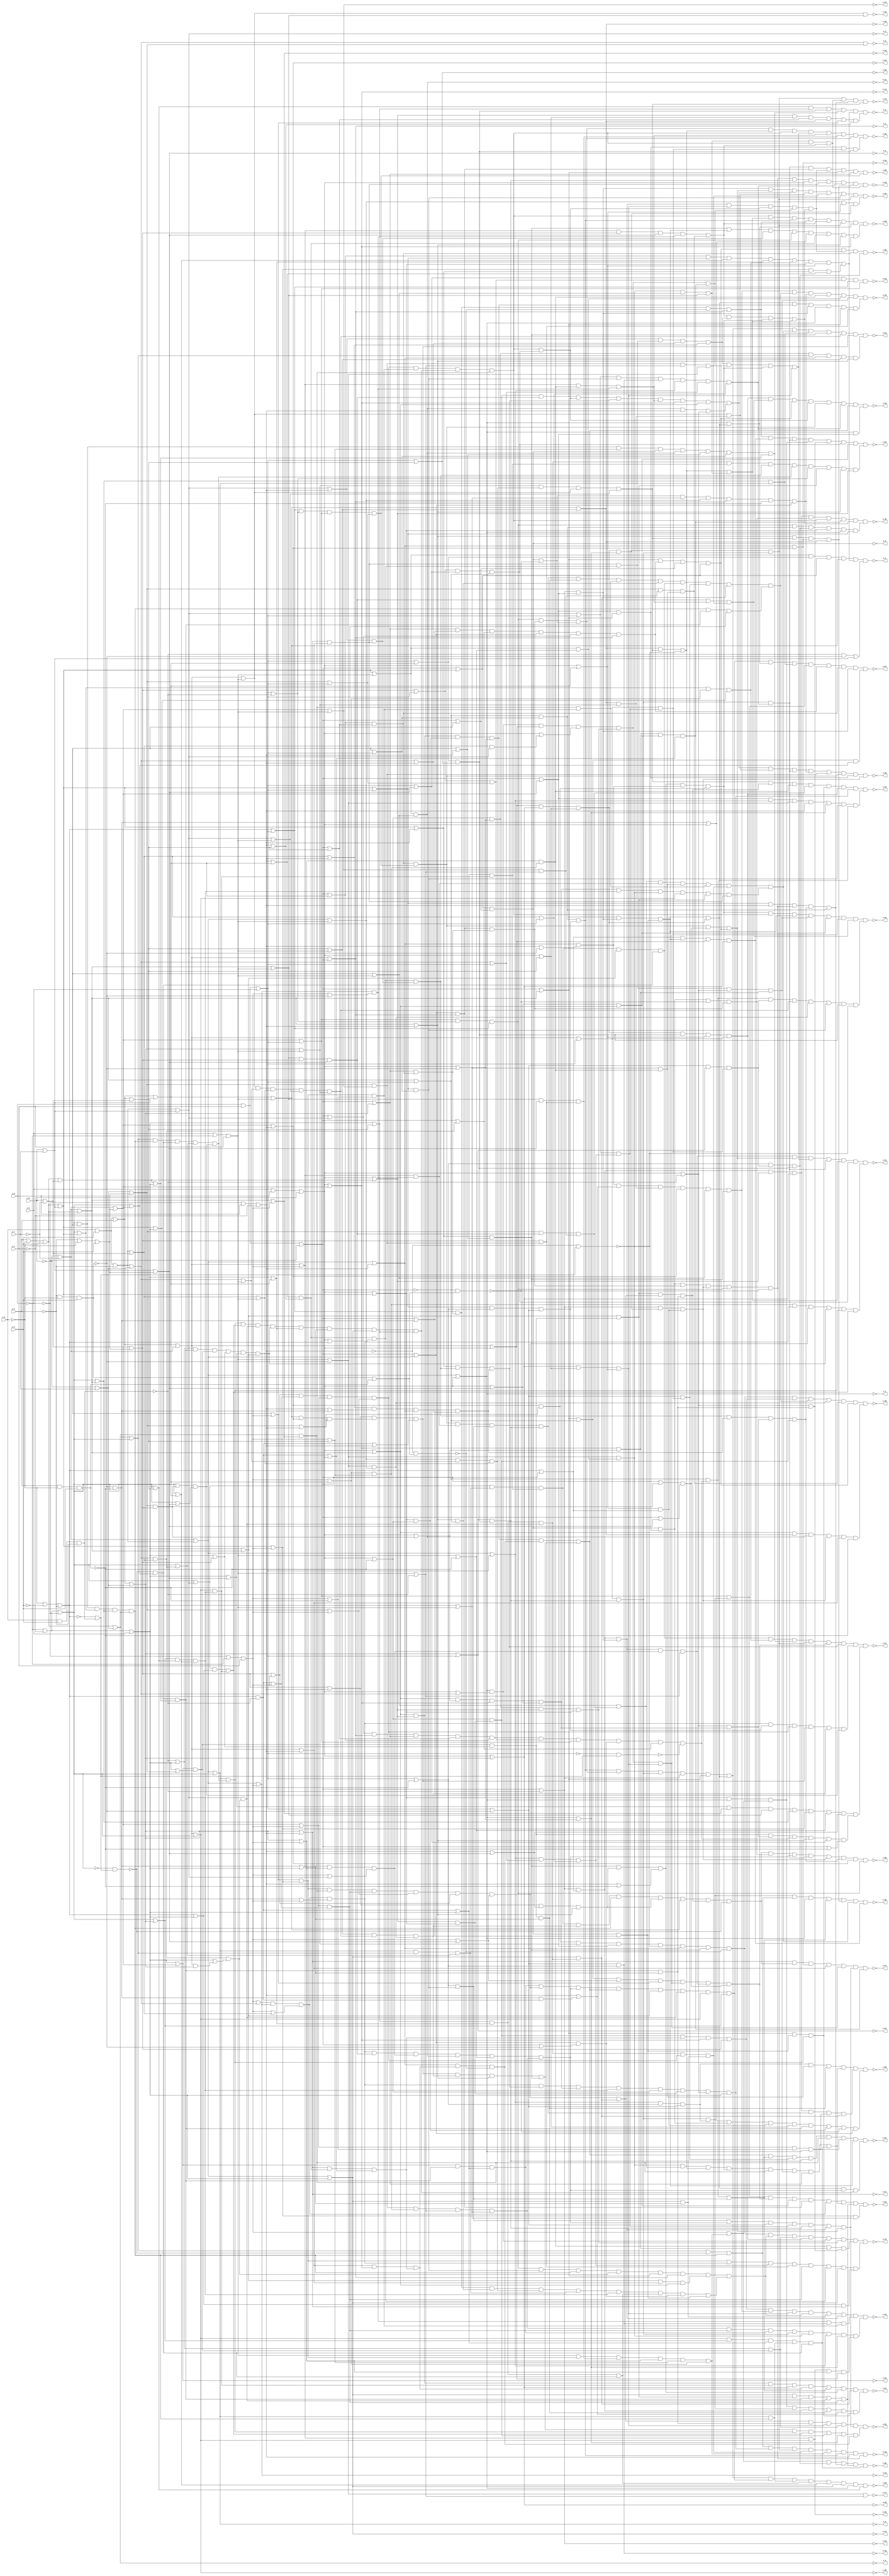
// Benchmark "TOP" written by ABC on Mon Feb  4 17:31:57 2019

module ex5p ( 
    i_0_, i_1_, i_2_, i_3_, i_4_, i_5_, i_6_, i_7_,
    o_0_, o_1_, o_2_, o_3_, o_4_, o_5_, o_6_, o_7_, o_8_, o_9_, o_10_,
    o_11_, o_12_, o_13_, o_14_, o_15_, o_16_, o_17_, o_18_, o_19_, o_20_,
    o_21_, o_22_, o_23_, o_24_, o_25_, o_26_, o_27_, o_28_, o_29_, o_30_,
    o_31_, o_32_, o_33_, o_34_, o_35_, o_36_, o_37_, o_38_, o_39_, o_40_,
    o_41_, o_42_, o_43_, o_44_, o_45_, o_46_, o_47_, o_48_, o_49_, o_50_,
    o_51_, o_52_, o_53_, o_54_, o_55_, o_56_, o_57_, o_58_, o_59_, o_60_,
    o_61_, o_62_  );
  input  i_0_, i_1_, i_2_, i_3_, i_4_, i_5_, i_6_, i_7_;
  output o_0_, o_1_, o_2_, o_3_, o_4_, o_5_, o_6_, o_7_, o_8_, o_9_, o_10_,
    o_11_, o_12_, o_13_, o_14_, o_15_, o_16_, o_17_, o_18_, o_19_, o_20_,
    o_21_, o_22_, o_23_, o_24_, o_25_, o_26_, o_27_, o_28_, o_29_, o_30_,
    o_31_, o_32_, o_33_, o_34_, o_35_, o_36_, o_37_, o_38_, o_39_, o_40_,
    o_41_, o_42_, o_43_, o_44_, o_45_, o_46_, o_47_, o_48_, o_49_, o_50_,
    o_51_, o_52_, o_53_, o_54_, o_55_, o_56_, o_57_, o_58_, o_59_, o_60_,
    o_61_, o_62_;
  wire n134, n135, n136, n137, n138, n139, n140, n141, n142, n143, n144,
    n145, n146, n147, n148, n149, n150, n151, n152, n153, n154, n155, n156,
    n157, n158, n159, n160, n161, n162, n163, n164, n165, n166, n167, n168,
    n169, n170, n171, n172, n173, n174, n175, n176, n177, n178, n179, n180,
    n181, n182, n183, n184, n185, n186, n187, n188, n189, n190, n191, n192,
    n193, n194, n195, n196, n197, n198, n199, n200, n201, n202, n203, n204,
    n205, n206, n207, n208, n209, n210, n211, n212, n213, n214, n215, n216,
    n217, n218, n219, n220, n221, n222, n223, n224, n225, n226, n227, n228,
    n229, n230, n231, n232, n233, n234, n235, n236, n237, n238, n239, n240,
    n241, n242, n243, n244, n245, n246, n247, n248, n249, n250, n251, n252,
    n253, n254, n255, n256, n257, n258, n259, n260, n261, n262, n263, n264,
    n265, n266, n267, n268, n269, n270, n271, n272, n273, n274, n275, n276,
    n277, n278, n279, n280, n281, n282, n283, n284, n285, n286, n287, n288,
    n289, n290, n291, n292, n293, n294, n295, n296, n297, n298, n299, n300,
    n301, n302, n303, n304, n305, n306, n307, n308, n309, n310, n311, n312,
    n313, n314, n315, n316, n317, n318, n319, n320, n321, n322, n323, n324,
    n325, n326, n327, n328, n329, n330, n331, n332, n333, n334, n335, n336,
    n337, n338, n339, n340, n341, n342, n343, n344, n345, n346, n347, n348,
    n349, n350, n351, n352, n353, n354, n355, n356, n357, n358, n359, n360,
    n361, n362, n363, n364, n365, n366, n367, n368, n369, n370, n371, n372,
    n373, n374, n375, n376, n377, n378, n379, n380, n381, n382, n383, n384,
    n385, n386, n387, n388, n389, n390, n391, n392, n393, n394, n395, n396,
    n397, n398, n399, n400, n401, n402, n403, n404, n405, n406, n407, n408,
    n409, n410, n411, n412, n413, n414, n415, n416, n417, n418, n419, n420,
    n421, n422, n423, n424, n425, n426, n427, n428, n429, n430, n431, n432,
    n433, n434, n435, n436, n437, n438, n439, n440, n441, n442, n443, n444,
    n445, n446, n447, n448, n449, n450, n451, n452, n453, n454, n455, n456,
    n457, n458, n459, n460, n461, n462, n463, n464, n465, n466, n467, n468,
    n469, n470, n471, n472, n473, n474, n475, n476, n477, n478, n479, n480,
    n481, n482, n483, n484, n485, n486, n487, n488, n489, n490, n491, n492,
    n493, n494, n495, n496, n497, n498, n499, n500, n501, n502, n503, n504,
    n505, n506, n507, n508, n509, n510, n511, n512, n513, n514, n515, n516,
    n517, n518, n519, n520, n521, n522, n523, n524, n525, n526, n527, n528,
    n529, n530, n531, n532, n533, n534, n535, n536, n537, n538, n539, n540,
    n541, n542, n543, n544, n545, n546, n547, n548, n549, n550, n551, n552,
    n553, n554, n555, n556, n557, n558, n559, n560, n561, n562, n563, n564,
    n565, n566, n567, n568, n569, n570, n571, n572, n573, n574, n575, n576,
    n577, n578, n579, n580, n581, n582, n583, n584, n585, n586, n587, n588,
    n589, n590, n591, n592, n593, n594, n595, n596, n597;
  assign o_0_ = ~n365;
  assign o_1_ = ~n361;
  assign o_2_ = ~n403;
  assign o_3_ = ~n370;
  assign o_4_ = ~n450;
  assign o_5_ = ~n357;
  assign o_6_ = ~n136;
  assign o_7_ = ~n180;
  assign o_8_ = ~n452;
  assign o_9_ = ~n491;
  assign o_10_ = ~n139;
  assign o_11_ = ~n179;
  assign o_12_ = ~n385;
  assign o_13_ = ~n471;
  assign o_14_ = ~n507;
  assign o_15_ = ~n138;
  assign o_16_ = ~n407;
  assign o_17_ = ~n354;
  assign o_18_ = ~n421;
  assign o_19_ = ~n420;
  assign o_20_ = ~n142;
  assign o_21_ = ~n145;
  assign o_22_ = ~n148;
  assign o_23_ = ~n352;
  assign o_24_ = ~n504;
  assign o_25_ = ~n200;
  assign o_26_ = ~n151;
  assign o_27_ = ~n260;
  assign o_28_ = ~n556;
  assign o_29_ = ~n506;
  assign o_30_ = ~n150;
  assign o_31_ = ~n347;
  assign o_32_ = ~n344;
  assign o_33_ = ~n340;
  assign o_34_ = ~n336;
  assign o_35_ = ~n332;
  assign o_36_ = ~n328;
  assign o_37_ = ~n321;
  assign o_38_ = ~n314;
  assign o_39_ = ~n308;
  assign o_40_ = ~n303;
  assign o_41_ = ~n296;
  assign o_42_ = ~n291;
  assign o_43_ = ~n284;
  assign o_44_ = ~n276;
  assign o_45_ = ~n274;
  assign o_46_ = ~n268;
  assign o_47_ = ~n264;
  assign o_48_ = ~n259;
  assign o_49_ = ~n257;
  assign o_50_ = ~n252;
  assign o_51_ = ~n245;
  assign o_52_ = ~n238;
  assign o_53_ = ~n232;
  assign o_54_ = ~n226;
  assign o_55_ = ~n220;
  assign o_56_ = ~n214;
  assign o_57_ = ~n205;
  assign o_58_ = ~n197;
  assign o_59_ = ~n189;
  assign o_60_ = ~n182;
  assign o_61_ = ~n173;
  assign o_62_ = ~n164;
  assign n134 = n155 | n439;
  assign n135 = n155 | n441;
  assign n136 = n134 & n135;
  assign n137 = n436 | n339;
  assign n138 = n445 | n339;
  assign n139 = n137 & n138;
  assign n140 = n462 | n152;
  assign n141 = n463 | n152;
  assign n142 = n140 & n141;
  assign n143 = n439 | n152;
  assign n144 = n441 | n152;
  assign n145 = n143 & n144;
  assign n146 = n434 | n152;
  assign n147 = n446 | n152;
  assign n148 = n146 & n147;
  assign n149 = n434 | n373;
  assign n150 = n434 | n369;
  assign n151 = n149 & n150;
  assign n152 = i_2_ | ~i_0_ | i_1_;
  assign n153 = n152 | ~n381;
  assign n154 = ~i_3_ | ~i_4_ | ~i_5_;
  assign n155 = i_0_ | i_1_ | ~i_2_;
  assign n156 = n154 | n155;
  assign n157 = i_0_ | i_1_ | i_2_;
  assign n158 = n157 | ~n366;
  assign n159 = n373 & n338;
  assign n160 = n514 & n505 & n363;
  assign n161 = n515 & n339 & n269 & n195 & n496;
  assign n162 = n179 & n458 & n408 & n461 & n374;
  assign n163 = n150 & n516 & n517 & n176 & n454;
  assign n164 = n159 & n160 & n161 & n162 & n163;
  assign n165 = n398 & n533 & n535;
  assign n166 = n523 & n524;
  assign n167 = n412 & n503;
  assign n168 = n504 & n363;
  assign n169 = n450 & n556;
  assign n170 = n372 & n555 & n180;
  assign n171 = n254 & n243 & n400;
  assign n172 = n518 & n192 & n554;
  assign n173 = n165 & n166 & n167 & n168 & n169 & n170 & n171 & n172;
  assign n174 = n208 & n309 & n563 & n421 & n254 & n518;
  assign n175 = n410 & n560 & n192 & n165 & n457 & n461 & n150 & n516;
  assign n176 = n452 & n451;
  assign n177 = n362 & n552 & n454;
  assign n178 = n369 | n462;
  assign n179 = n436 | n409;
  assign n180 = n436 | n270;
  assign n181 = n369 | n463;
  assign n182 = n174 & n175 & n176 & n177 & n178 & n179 & n180 & n181;
  assign n183 = n411 & (n157 | ~n382) & n412;
  assign n184 = n548 & n298;
  assign n185 = n418 & (n239 | n409);
  assign n186 = n569 & n570 & n310 & n345 & n169 & n334 & n255 & n163;
  assign n187 = n265 & n573 & n170 & n203;
  assign n188 = n594 & n493 & n487 & n483 & n408 & n397 & ~n383 & n387;
  assign n189 = n183 & n184 & n185 & n186 & n187 & n188;
  assign n190 = n576 & n575 & n532 & n451 & n414 & n140 & n297 & ~n367;
  assign n191 = n493 & ~n383 & n492;
  assign n192 = n405 & n550 & n404 & n145 & n551 & n549;
  assign n193 = n563 & n272;
  assign n194 = n421 & n485 & n487;
  assign n195 = n478 & n481 & n475 & n477;
  assign n196 = n351 & n158 & (n154 | n157);
  assign n197 = n190 & n191 & n192 & n193 & n194 & n195 & n138 & n196;
  assign n198 = n470 & n468;
  assign n199 = n150 & n536;
  assign n200 = n270 | n443;
  assign n201 = n261 & n471 & n394;
  assign n202 = n228 & n414 & (n339 | ~n382);
  assign n203 = n179 & n572;
  assign n204 = n221 & n215 & n422 & n185 & n423 & n300;
  assign n205 = n198 & n199 & n200 & n201 & n166 & n202 & n203 & n204;
  assign n206 = n578 & n579 & n554 & n169;
  assign n207 = n310 & n577;
  assign n208 = n496 & n562;
  assign n209 = n580 & ~n395 & n491;
  assign n210 = n149 & n378 & n370 & n419 & n306;
  assign n211 = n501 & n563;
  assign n212 = n180 & n518;
  assign n213 = n228 & n171 & n467 & n196 & n594 & n376 & n534 & n471;
  assign n214 = n206 & n207 & n208 & n209 & n210 & n211 & n212 & n213;
  assign n215 = n563 & n183;
  assign n216 = n537 & ~n367 & n451;
  assign n217 = n534 & n275 & n139 & n142;
  assign n218 = n570 & n571 & n184 & n581 & n337 & n582;
  assign n219 = n156 & n171 & n427 & n200;
  assign n220 = n215 & n216 & n180 & n166 & n217 & n218 & n219;
  assign n221 = n396 & n180 & n159;
  assign n222 = n474 & n247;
  assign n223 = n519 & n348 & n494;
  assign n224 = n472 & n470;
  assign n225 = n572 & n575 & n478 & n538 & n158 & n458 & n534 & n468;
  assign n226 = n209 & n219 & n193 & n221 & n222 & n223 & n224 & n225;
  assign n227 = n449 & n452;
  assign n228 = n525 & n526;
  assign n229 = n146 & n527 & n528 & n529 & n530;
  assign n230 = n391 & n392 & (n393 | n339);
  assign n231 = n476 & n583 & n537 & n137 & n141 & n534;
  assign n232 = n174 & n218 & n227 & n228 & n229 & n230 & n231;
  assign n233 = n351 & n215;
  assign n234 = n254 & n494 & n559 & n509 & n262 & n292 & n426;
  assign n235 = n387 & n491;
  assign n236 = n384 & n385 & (n373 | n386);
  assign n237 = n510 & n548;
  assign n238 = n233 & n234 & n224 & n235 & n236 & n186 & n162 & n237;
  assign n239 = ~n381 & ~n382;
  assign n240 = n155 | n239;
  assign n241 = n255 & n240 & n389 & n387 & n584 & n491;
  assign n242 = n488 & n489;
  assign n243 = n421 & n482;
  assign n244 = n254 & n494 & n453;
  assign n245 = n175 & n212 & n227 & n233 & n241 & n242 & n243 & n244;
  assign n246 = n560 & n203;
  assign n247 = n408 & ((~n381 & ~n382) | n409);
  assign n248 = n200 & n483 & n486;
  assign n249 = n540 & n539;
  assign n250 = n524 & n192 & n412 & n501 & n168 & n288 & n293;
  assign n251 = n535 & n543 & n546 & n477 & n380 & n533;
  assign n252 = n246 & n247 & n248 & n249 & n250 & n251;
  assign n253 = n288 & n248 & n342 & n586 & n266;
  assign n254 = n155 | n446;
  assign n255 = n155 | n443;
  assign n256 = n350 & n158 & n351 & n520;
  assign n257 = n193 & n235 & n253 & n254 & n255 & n256;
  assign n258 = n254 & n241 & n135 & n134;
  assign n259 = n258 & n253 & n242 & n160;
  assign n260 = n443 | n339;
  assign n261 = n434 | n339;
  assign n262 = n429 & n281 & n248;
  assign n263 = n417 & n224 & (n393 | n270);
  assign n264 = n260 & n190 & n139 & n261 & n262 & n250 & n263;
  assign n265 = n421 & n156 & n468 & n200;
  assign n266 = n210 & n585 & n345 & n207;
  assign n267 = n196 & n496 & n160 & n396 & n180 & n515;
  assign n268 = n265 & n191 & n206 & n263 & n266 & n267;
  assign n269 = n493 & n492 & n194 & n196 & ~n383;
  assign n270 = i_2_ | i_0_ | ~i_1_;
  assign n271 = n260 & n261;
  assign n272 = n500 & n330 & n420 & n411 & n497 & n498;
  assign n273 = n577 & n206 & n210;
  assign n274 = n269 & n168 & n270 & n271 & n272 & n217 & n273;
  assign n275 = n530 & n568 & n146 & n529;
  assign n276 = n211 & n273 & n161 & n275;
  assign n277 = n567 & n530 & n482 & ~n415 & n137 & n228 & ~n395;
  assign n278 = n196 & n330 & n451 & n431 & n254 & n491 & n588 & n589;
  assign n279 = n484 & n363 & n486 & n502;
  assign n280 = n180 & (n270 | n355);
  assign n281 = n476 & n583 & n468 & n396;
  assign n282 = n298 & n417 & n222;
  assign n283 = n511 & n405 & n499 & n508 & n374 & n377 & n179 & n595;
  assign n284 = n277 & n278 & n249 & n279 & n280 & n281 & n282 & n283;
  assign n285 = n477 & n394 & n471 & n378;
  assign n286 = n413 & n423 & n590 & n138 & n144 & n228;
  assign n287 = n179 & n553;
  assign n288 = n422 & n243;
  assign n289 = n419 & n420 & n579;
  assign n290 = n549 & n406 & n410 & n563 & n569 & n411 & n380 & n596;
  assign n291 = n285 & n286 & n248 & n278 & n287 & n288 & n289 & n290;
  assign n292 = n288 & n404 & (n152 | ~n366);
  assign n293 = n326 & n426 & n258;
  assign n294 = n585 & n586 & n345 & n248;
  assign n295 = n547 & n405 & n560 & n542 & n543 & n546;
  assign n296 = n292 & n293 & n294 & n193 & n207 & n223 & n295;
  assign n297 = n458 & n246 & n247;
  assign n298 = n402 & n547;
  assign n299 = n356 & n550 & n564;
  assign n300 = n254 & n400 & n543;
  assign n301 = n405 & n318 & n473 & n536 & n476 & n469 & n474 & n409;
  assign n302 = n482 & n411 & n153 & n339 & n380 & n330 & n523;
  assign n303 = n275 & n297 & n298 & n299 & n300 & n279 & n301 & n302;
  assign n304 = n573 & n185 & n581 & n587 & n315 & n167 & n203 & n591;
  assign n305 = n153 & n531;
  assign n306 = n356 & n564 & n184;
  assign n307 = n470 & n142 & n145 & n194 & n261 & ~n382;
  assign n308 = n277 & n285 & n304 & n305 & n306 & n258 & n307;
  assign n309 = n196 & n492 & n561;
  assign n310 = n142 & n275 & ~n415;
  assign n311 = n149 & n298 & n419;
  assign n312 = n147 & n370 & n508;
  assign n313 = n327 & n503 & n363;
  assign n314 = n309 & n310 & n206 & n294 & n311 & n312 & n208 & n313;
  assign n315 = n575 & n576 & n457 & n454;
  assign n316 = n448 & n513 & n459;
  assign n317 = n447 & n512 & n136 & n145 & n526 & n495 & n460;
  assign n318 = n525 & n478 & n481;
  assign n319 = n405 & n562 & n578 & n230 & n532 & n371;
  assign n320 = n541 & n556 & n147 & n449 & n510 & n551 & n565 & n597;
  assign n321 = n315 & n316 & n317 & n211 & n234 & n318 & n319 & n320;
  assign n322 = n477 & n550 & n342 & n318 & n311 & n471 & n470 & n592;
  assign n323 = n146 & n590;
  assign n324 = n561 & n548 & n531 & n491 & ~n382 & n387;
  assign n325 = n356 & n507;
  assign n326 = n242 & n256;
  assign n327 = n482 & n254;
  assign n328 = n322 & n323 & n193 & n324 & n325 & n326 & n327 & n194;
  assign n329 = n325 & n353 & (n152 | ~n381);
  assign n330 = n515 & n495;
  assign n331 = n531 & n486 & n485;
  assign n332 = n243 & n293 & n322 & n323 & n329 & n330 & n211 & n331;
  assign n333 = n143 & (n152 | ~n382);
  assign n334 = n416 & (n270 | ~n366) & n417;
  assign n335 = n518 & n398 & n243 & n180 & n254 & n508;
  assign n336 = n286 & n304 & n324 & n298 & n333 & n334 & n335;
  assign n337 = n572 & n578 & n287;
  assign n338 = n152 & n511 & n312 & n402 & n512 & n513;
  assign n339 = ~i_2_ | i_0_ | ~i_1_;
  assign n340 = n216 & n301 & n211 & n337 & n338 & n208 & n339 & n269;
  assign n341 = n550 & n311 & n329;
  assign n342 = n206 & n223;
  assign n343 = n180 & n482;
  assign n344 = n279 & n341 & n258 & n342 & n326 & n272 & n165 & n343;
  assign n345 = n202 & n413 & n567;
  assign n346 = n523 & n505 & n229 & n305 & n330 & n363 & ~n415;
  assign n347 = n345 & n206 & n171 & n334 & n224 & n262 & n341 & n346;
  assign n348 = n157 | n370;
  assign n349 = n519 & n520;
  assign n350 = n154 | n157;
  assign n351 = n445 | n157;
  assign n352 = n348 & n349 & n350 & n351;
  assign n353 = n152 | ~n366;
  assign n354 = n153 & n353;
  assign n355 = n435 | n442;
  assign n356 = n442 | n444;
  assign n357 = n355 & n356;
  assign n358 = n157 | n462;
  assign n359 = n488 & n515 & n178 & n552 & n316 & n396 & n486 & n593;
  assign n360 = (~n366 & ~n381) | n438;
  assign n361 = n143 & n358 & n134 & n140 & n359 & n360;
  assign n362 = n409 | n463;
  assign n363 = n358 & n506;
  assign n364 = n468 & n483 & n489 & n142 & n509 & n465;
  assign n365 = n181 & n362 & n363 & n317 & n359 & n364;
  assign n366 = i_3_ & i_4_ & ~i_5_;
  assign n367 = ~n369 & (~n154 | n366);
  assign n368 = n369 | (n356 & n378);
  assign n369 = ~i_0_ | ~i_1_ | ~i_2_;
  assign n370 = n438 | n444;
  assign n371 = n368 & (n369 | n370);
  assign n372 = n445 | n373;
  assign n373 = ~i_2_ | ~i_0_ | i_1_;
  assign n374 = n372 & ((n154 & ~n366) | n373);
  assign n375 = n339 | n239;
  assign n376 = n464 & n465;
  assign n377 = n376 & (n270 | n154);
  assign n378 = n440 | n444;
  assign n379 = n270 | (n356 & n378);
  assign n380 = n180 & (n270 | ~n381);
  assign n381 = ~i_5_ & ~i_3_ & i_4_;
  assign n382 = i_5_ & ~i_3_ & i_4_;
  assign n383 = ~n155 & (n381 | n382);
  assign n384 = n373 | n355;
  assign n385 = n436 | n373;
  assign n386 = n435 | n440;
  assign n387 = n155 | n436;
  assign n388 = n387 & (n155 | ~n381);
  assign n389 = n155 | (n355 & n386);
  assign n390 = ~n157 & (~n154 | n366);
  assign n391 = n378 | n339;
  assign n392 = n140 & n138 & n566;
  assign n393 = n154 & ~n366;
  assign n394 = n260 & n376 & (n393 | n270);
  assign n395 = ~n339 & (n381 | n382);
  assign n396 = n270 | n439;
  assign n397 = n396 & (n270 | ~n382);
  assign n398 = n198 & n397 & (n270 | ~n381);
  assign n399 = n155 | ~n382;
  assign n400 = n136 & (n239 | n155);
  assign n401 = n369 | (n355 & n386);
  assign n402 = n443 | n373;
  assign n403 = n435 | n438;
  assign n404 = n149 & n402 & (n373 | n403);
  assign n405 = n236 & (n239 | n373);
  assign n406 = n372 & (n393 | n373);
  assign n407 = n409 | n445;
  assign n408 = n459 & n460;
  assign n409 = ~i_0_ | ~i_1_ | i_2_;
  assign n410 = n407 & n408 & (n393 | n409);
  assign n411 = n436 | n157;
  assign n412 = n157 | ~n381;
  assign n413 = n137 & (n339 | ~n381);
  assign n414 = n391 & n565 & n534;
  assign n415 = ~n339 & (~n154 | n366);
  assign n416 = n271 & n377;
  assign n417 = n471 & n379;
  assign n418 = n407 & n455 & n456;
  assign n419 = n385 & (n373 | ~n381);
  assign n420 = n412 & (n157 | ~n382);
  assign n421 = n155 | ~n366;
  assign n422 = n421 & (n155 | n154);
  assign n423 = n339 | (n239 & n393);
  assign n424 = n373 | n393;
  assign n425 = n155 | (n356 & n378);
  assign n426 = n425 & (n155 | n370);
  assign n427 = n434 | n270;
  assign n428 = n270 | (n386 & n403);
  assign n429 = n280 & n427 & n428;
  assign n430 = n409 | (n434 & n443);
  assign n431 = n386 & n355 & n430;
  assign n432 = i_3_ | i_4_ | i_5_;
  assign n433 = ~i_6_ | ~i_7_;
  assign n434 = n432 | n433;
  assign n435 = i_3_ | i_4_ | ~i_5_;
  assign n436 = n433 | n435;
  assign n437 = i_5_ | ~i_3_ | i_4_;
  assign n438 = i_6_ | i_7_;
  assign n439 = n437 | n438;
  assign n440 = i_6_ | ~i_7_;
  assign n441 = n437 | n440;
  assign n442 = ~i_6_ | i_7_;
  assign n443 = n432 | n442;
  assign n444 = ~i_5_ | ~i_3_ | i_4_;
  assign n445 = n433 | n444;
  assign n446 = n433 | n437;
  assign n447 = n369 | n441;
  assign n448 = n369 | n439;
  assign n449 = n369 | n446;
  assign n450 = n437 | n442;
  assign n451 = n447 & n448 & n449 & n450;
  assign n452 = n436 | n369;
  assign n453 = n369 | n445;
  assign n454 = ~n367 & n453;
  assign n455 = n409 | n356;
  assign n456 = n409 | n378;
  assign n457 = n409 | n446;
  assign n458 = n457 & n418;
  assign n459 = n439 | n409;
  assign n460 = n441 | n409;
  assign n461 = n403 & n431;
  assign n462 = n432 | n438;
  assign n463 = n432 | n440;
  assign n464 = n339 | n462;
  assign n465 = n339 | n463;
  assign n466 = n403 | n339;
  assign n467 = n466 & n271;
  assign n468 = n270 | n441;
  assign n469 = n468 & n396;
  assign n470 = n270 | n446;
  assign n471 = n270 | n445;
  assign n472 = n270 | n370;
  assign n473 = n470 & n379 & n471 & n472;
  assign n474 = n270 | ~n366;
  assign n475 = n474 & n473;
  assign n476 = n270 | ~n382;
  assign n477 = n476 & n469;
  assign n478 = n377 & n467;
  assign n479 = n386 | n339;
  assign n480 = n355 | n339;
  assign n481 = n479 & n375 & n137 & n480;
  assign n482 = n155 | n445;
  assign n483 = n270 | n463;
  assign n484 = n427 & n200 & n483;
  assign n485 = n484 & n380;
  assign n486 = n270 | n462;
  assign n487 = n486 & n156;
  assign n488 = n155 | n462;
  assign n489 = n155 | n463;
  assign n490 = n255 & n242;
  assign n491 = n434 | n155;
  assign n492 = n387 & n491 & n490;
  assign n493 = n136 & n327;
  assign n494 = n446 | n157;
  assign n495 = n441 | n157;
  assign n496 = n494 & n495;
  assign n497 = n355 | n157;
  assign n498 = n386 | n157;
  assign n499 = n411 & n497 & n498;
  assign n500 = n403 | n157;
  assign n501 = n500 & n499;
  assign n502 = n434 | n157;
  assign n503 = n502 & n501;
  assign n504 = n443 | n157;
  assign n505 = n412 & n504 & n503;
  assign n506 = n157 | n463;
  assign n507 = n445 | n152;
  assign n508 = n378 & n325;
  assign n509 = n441 | n373;
  assign n510 = n439 | n373;
  assign n511 = n509 & n510;
  assign n512 = n373 | n463;
  assign n513 = n373 | n462;
  assign n514 = n157 | ~n382;
  assign n515 = n439 | n157;
  assign n516 = n369 | n443;
  assign n517 = n393 | n409;
  assign n518 = n486 & n156 & n484;
  assign n519 = n378 | n157;
  assign n520 = n356 | n157;
  assign n521 = n584 & n491 & n255;
  assign n522 = n521 & n489 & n488 & n349 & n351 & n388 & n389 & ~n390;
  assign n523 = n494 & n522;
  assign n524 = n514 & n330;
  assign n525 = n439 | n339;
  assign n526 = n441 | n339;
  assign n527 = n355 | n152;
  assign n528 = n386 | n152;
  assign n529 = n403 | n152;
  assign n530 = n443 | n152;
  assign n531 = n436 | n152;
  assign n532 = n141 & n229 & n305;
  assign n533 = n137 & n201 & ~n395;
  assign n534 = n446 | n339;
  assign n535 = n230 & n532 & n534 & n228;
  assign n536 = n516 & n181 & n178;
  assign n537 = n239 | n369;
  assign n538 = n537 & n451 & n454 & n401 & n371;
  assign n539 = n407 & n455;
  assign n540 = ~n366 | n409;
  assign n541 = n409 | n370;
  assign n542 = n540 & n408 & n539 & n456 & n541 & n457;
  assign n543 = n452 & n538;
  assign n544 = n369 | n403;
  assign n545 = n154 | n409;
  assign n546 = n544 & n545 & n199;
  assign n547 = n513 & n512;
  assign n548 = n154 | n152;
  assign n549 = n325 & n547 & n353 & n548;
  assign n550 = n147 & n378 & n370;
  assign n551 = n152 | ~n382;
  assign n552 = n409 | n462;
  assign n553 = n239 | n409;
  assign n554 = n543 & n546 & n461 & n542 & n552 & n553 & n179 & n362;
  assign n555 = n373 | ~n382;
  assign n556 = n446 | n373;
  assign n557 = n356 | n373;
  assign n558 = n378 | n373;
  assign n559 = n373 | n370;
  assign n560 = n511 & n169 & n406 & n557 & n558 & n559;
  assign n561 = n136 & ~n383;
  assign n562 = n515 & n514 & n412;
  assign n563 = n502 & n168;
  assign n564 = n507 & n353;
  assign n565 = n339 | n370;
  assign n566 = n356 | n339;
  assign n567 = n138 & n566;
  assign n568 = n531 & n527 & n528;
  assign n569 = n153 & n333;
  assign n570 = n144 & n299;
  assign n571 = n149 & n419;
  assign n572 = n362 & n552 & n461;
  assign n573 = n326 & n571 & n524 & n168;
  assign n574 = n452 & n537 & n401;
  assign n575 = n517 & n199;
  assign n576 = n544 & n574;
  assign n577 = n153 & n333 & n144 & n147;
  assign n578 = n558 & n424 & n372 & n557;
  assign n579 = n509 & n510 & n555;
  assign n580 = n350 & n490;
  assign n581 = n169 & n579;
  assign n582 = n473 & n536 & n569 & n150 & n458 & n271;
  assign n583 = n270 | ~n381;
  assign n584 = n155 | n403;
  assign n585 = n466 & n416 & n480 & n479;
  assign n586 = n429 & n281 & n263;
  assign n587 = n534 & n494;
  assign n588 = n457 & n261 & n470;
  assign n589 = n580 & n587 & n568 & n574 & n536 & n177 & n388 & n400;
  assign n590 = n142 & n530;
  assign n591 = n451 & n408 & n374;
  assign n592 = n145 & n339 & n474;
  assign n593 = n510 & n525 & n464;
  assign n594 = n239 | n270;
  assign n595 = n545 & n260;
  assign n596 = n151 & n402 & n427;
  assign n597 = n418 & n475 & n522 & n534 & n348 & n399;
endmodule